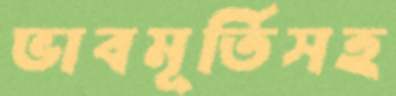
ভাবমূর্তিসহ